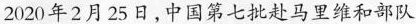
2020年2月25日，中国第七批赴马里维和部队